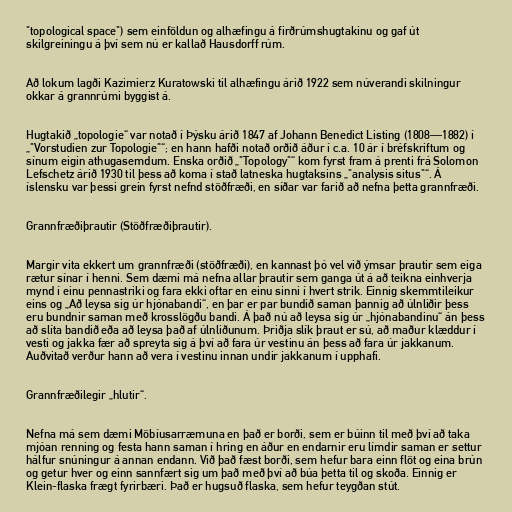
"topological space") sem einföldun og alhæfingu á firðrúmshugtakinu og gaf út
skilgreiningu á því sem nú er kallað Hausdorff rúm.

Að lokum lagði Kazimierz Kuratowski til alhæfingu árið 1922 sem núverandi skilningur
okkar á grannrúmi byggist á.

Hugtakið „topologie“ var notað í Þýsku árið 1847 af Johann Benedict Listing (1808—1882) í
„"Vorstudien zur Topologie"“; en hann hafði notað orðið áður í c.a. 10 ár í bréfskriftum og
sínum eigin athugasemdum. Enska orðið „"Topology"“ kom fyrst fram á prenti frá Solomon
Lefschetz árið 1930 til þess að koma í stað latneska hugtaksins „"analysis situs"“. Á
íslensku var þessi grein fyrst nefnd stöðfræði, en síðar var farið að nefna þetta grannfræði.

Grannfræðiþrautir (Stöðfræðiþrautir).

Margir vita ekkert um grannfræði (stöðfræði), en kannast þó vel við ýmsar þrautir sem eiga
rætur sínar í henni. Sem dæmi má nefna allar þrautir sem ganga út á að teikna einhverja
mynd í einu pennastriki og fara ekki oftar en einu sinni í hvert strik. Einnig skemmtileikur
eins og „Að leysa sig úr hjónabandi“, en þar er par bundið saman þannig að úlnliðir þess
eru bundnir saman með krosslögðu bandi. Á það nú að leysa sig úr „hjónabandinu“ án þess
að slíta bandið eða að leysa það af úlnliðunum. Þriðja slík þraut er sú, að maður klæddur í
vesti og jakka fær að spreyta sig á því að fara úr vestinu án þess að fara úr jakkanum.
Auðvitað verður hann að vera í vestinu innan undir jakkanum í upphafi.

Grannfræðilegir „hlutir“.

Nefna má sem dæmi Möbíusarræmuna en það er borði, sem er búinn til með því að taka
mjóan renning og festa hann saman í hring en áður en endarnir eru límdir saman er settur
hálfur snúningur á annan endann. Við það fæst borði, sem hefur bara einn flöt og eina brún
og getur hver og einn sannfært sig um það með því að búa þetta til og skoða. Einnig er
Klein-flaska frægt fyrirbæri. Það er hugsuð flaska, sem hefur teygðan stút.